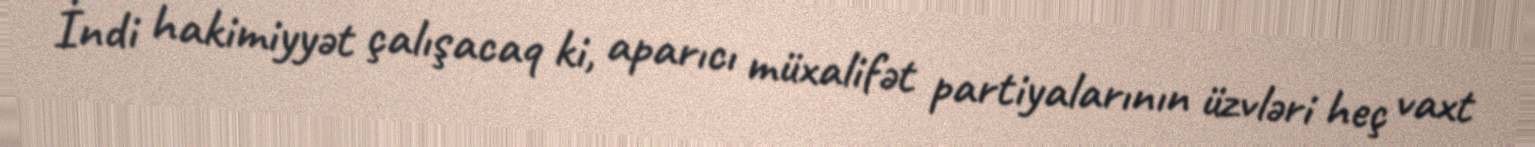
İndi hakimiyyət çalışacaq ki, aparıcı müxalifət partiyalarının üzvləri heç vaxt